Civil Veterinary Department Bihar & Orissa reports 1911-21 - 1911-1921
Year: 1911
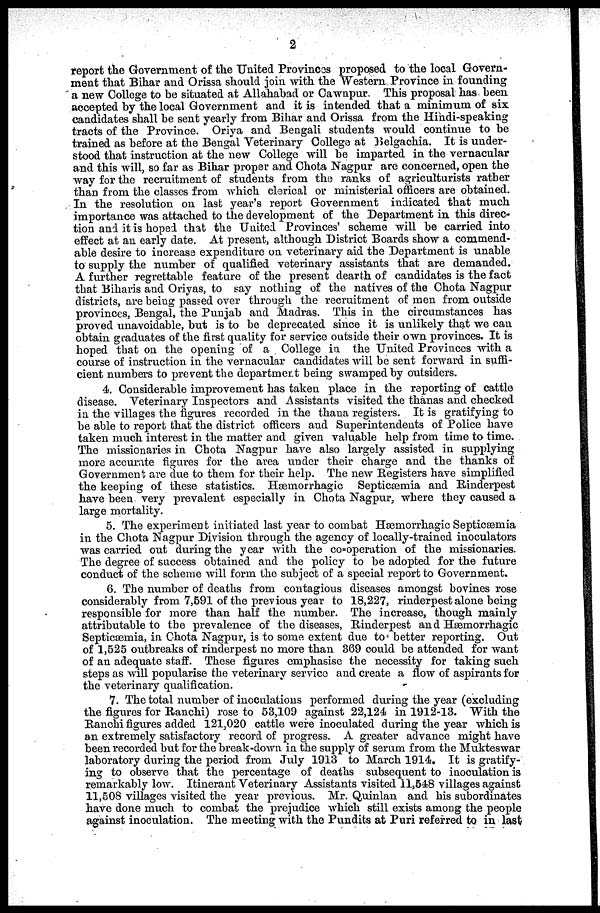
2
report the Government of the United Provinces proposed to the local Govern-
ment that Bihar and Orissa should join with the Western Province in founding
a new College to be situated at Allahabad or Cawnpur. This proposal has been
accepted by the local Government and it is intended that a minimum of six
candidates shall be sent yearly from Bihar and Orissa from the Hindi-speaking
tracts of the Province. Oriya and Bengali students would continue to be
trained as before at the Bengal Veterinary College at Belgachia. It is under-
stood that instruction at the new College will be imparted in the vernacular
and this will, so far as Bihar proper and Chota Nagpur are concerned, open the
way for the recruitment of students from the ranks of agriculturists rather
than from the classes from which clerical or ministerial officers are obtained.
In the resolution on last year's report Government indicated that much
importance was attached to the development of the Department in this direc-
tion and it is hoped that the United Provinces' scheme will be carried into
effect at an early date. At present, although District Boards show a commend-
able desire to increase expenditure on veterinary aid the Department is unable
to supply the number of qualified veterinary assistants that are demanded.
A further regrettable feature of the present dearth of candidates is the fact
that Biharis and Oriyas, to say nothing of the natives of the Chota Nagpur
districts, are being passed over through the recruitment of men from outside
provinces, Bengal, the Punjab and Madras. This in the circumstances has
proved unavoidable, but is to be deprecated since it is unlikely that we can
obtain graduates of the first quality for service outside their own provinces. It is
hoped that on the opening of a College in the United Provinces with a
course of instruction in the vernacular candidates will be sent forward in suffi-
cient numbers to prevent the department being swamped by outsiders.
4. Considerable improvement has taken place in the reporting of cattle
disease. Veterinary Inspectors and Assistants visited the thanas and checked
in the villages the figures recorded in the thana registers. It is gratifying to
be able to report that the district officers and Superintendents of Police have
taken much interest in the matter and given valuable help from time to time.
The missionaries in Chota Nagpur have also largely assisted in supplying
more accurate figures for the area under their charge and the thanks of
Government are due to them for their help. The new Registers have simplified
the keeping of these statistics. Hæmorrhagic Septicæmia and Rinderpest
have been very prevalent especially in Chota Nagpur, where they caused a
large mortality.
5. The experiment initiated last year to combat Hæmorrhagic Septicæmia
in the Chota Nagpur Division through the agency of locally-trained inoculators
was carried out during the year with the co-operation of the missionaries.
The degree of success obtained and the policy to be adopted for the future
conduct of the scheme will form the subject of a special report to Government.
6. The number of deaths from contagious diseases amongst bovines rose
considerably from 7,591 of the previous year to 18,227, rinderpest alone being
responsible for more than half the number. The increase, though mainly
attributable to the prevalence of the diseases, Rinderpest and Hæmorrhagic
Septicæmia, in Chota Nagpur, is to some extent due to better reporting. Out
of 1,525 outbreaks of rinderpest no more than 369 could be attended for want
of an adequate staff. These figures emphasise the necessity for taking such
steps as will popularise the veterinary service and create a flow of aspirants for
the veterinary qualification.
7. The total number of inoculations performed during the year (excluding
the figures for Ranchi) rose to 53,109 against 22,124 in 1912-13. With the
Ranchi figures added 121,020 cattle were inoculated during the year which is
an extremely satisfactory record of progress. A greater advance might have
been recorded but for the break-down in the supply of serum from the Mukteswar
laboratory during the period from July 1913 to March 1914. It is gratify-
ing to observe that the percentage of deaths subsequent to inoculation is
remarkably low. Itinerant Veterinary Assistants visited 11,548 villages against
11,508 villages visited the year previous. Mr. Quinlan and his subordinates
have done much to combat the prejudice which still exists among the people
against inoculation. The meeting with the Pundits at Puri referred to in last